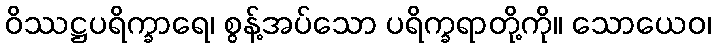
ဝိဿဋ္ဌပရိက္ခာရေ၊ စွန့်အပ်သော ပရိက္ခရာတို့ကို။ သောယေဝ၊